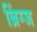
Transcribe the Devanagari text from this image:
ब्रिंग्ज